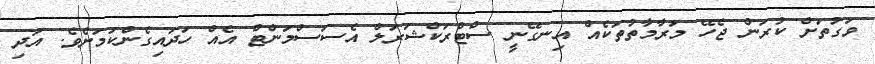
ވަގުތަށް ކުރަން ޖެހޭ މަރާމާތުތަކެއް އިނގޭނީ ސްޓްރަކްޝަރަލް އެސަސްމަންޓް އެއް ހަދައިގެންކަމަށެވެ. އަދި